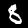
Label: 8